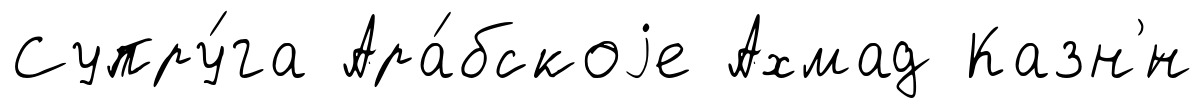
Супру́га Ара́бскоjе Ахмад Казн'́н